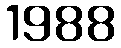
1988